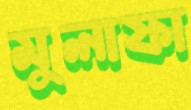
মুলাফা